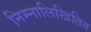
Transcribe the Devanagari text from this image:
निम्नालिखितित